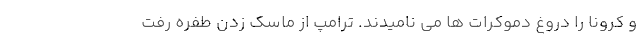
و کرونا را دروغ دموکرات ها می نامیدند. ترامپ از ماسک زدن طفره رفت